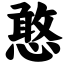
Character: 憨